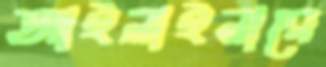
আইলাইনারে